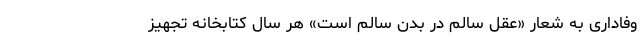
وفاداری به شعار «عقل سالم در بدن سالم است» هر سال کتابخانه تجهیز